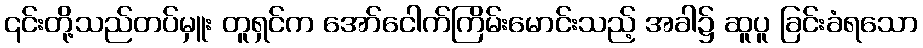
၎င်းတို့သည်တပ်မှူး တူရှင်က အော်ငေါက်ကြိမ်းမောင်းသည့် အခါ၌ ဆူပူ ခြင်းခံရသော